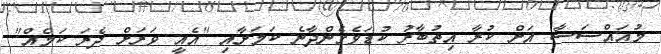
މުއައްސަސާ އަށް ކުރާ އިތުބާރު ކުޑަވެގެންދާނެ ކަމަށާއި "އެއީ ވަރަށް ދެރަ ކަމެއް"